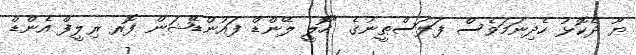
ޔޫ ދެކޮޅު ހެދިނަމަވެސް ފަލަސްޠީނުގެ "ހޮލީ ލޭންޑް ފައުންޑޭޝަން ފޮރ ރިލީފް އެންޑް